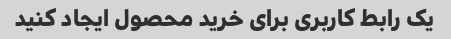
یک رابط کاربری برای خرید محصول ایجاد کنید